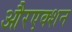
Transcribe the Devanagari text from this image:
औरएक्शन